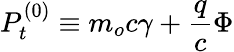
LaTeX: P_{t}^{\left(0\right)}\equiv m_{o}c\gamma+\frac{q}{c}\Phi